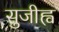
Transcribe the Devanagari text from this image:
सुजीह्व